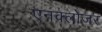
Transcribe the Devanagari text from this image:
एनक्लोजर